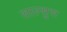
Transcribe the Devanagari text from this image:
साल्सुस